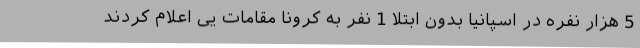
5 هزار نفره در اسپانیا بدون ابتلا 1 نفر به کرونا مقامات یی اعلام کردند